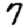
Digit: 7